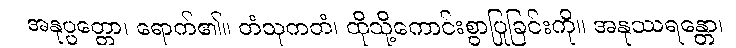
အနုပ္ပတ္တော၊ ရောက်၏။ တံသုကတံ၊ ထိုသို့ကောင်းစွာပြုခြင်းကို။ အနုဿရန္တော၊